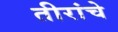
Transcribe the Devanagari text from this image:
तीरांचे